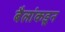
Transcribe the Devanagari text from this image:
बैलांकडून